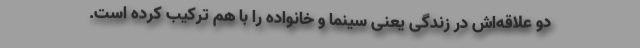
دو علاقه‌اش در زندگی یعنی سینما و خانواده را با هم ترکیب کرده است.